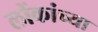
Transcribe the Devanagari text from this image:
लोंकांच्या